Madras plague regulations in force outside the Presidency town - Volume 3
Disease focus: Plague
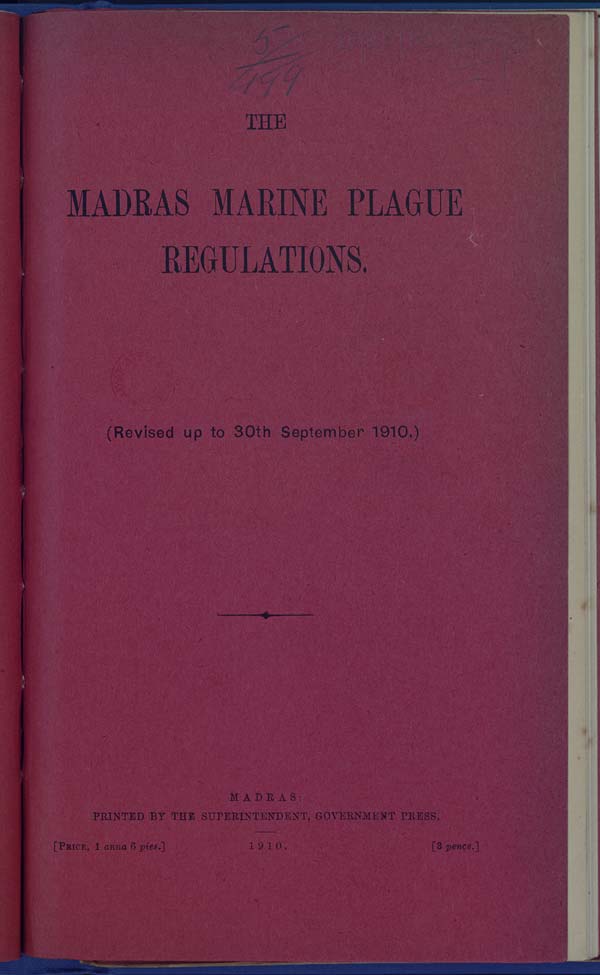
THE
MADRAS MARINE PLAGUE
REGULATIONS.
(Revised up to 30th September 1910.)
MADRAS:
PRINTED BY THE SUPERINTENDENT, GOVERNMENT PRESS.
[PRICE, 1 anna 6 pies.]
1910.
[3
pence.]